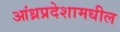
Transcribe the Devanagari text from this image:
आंध्रप्रदेशामधील